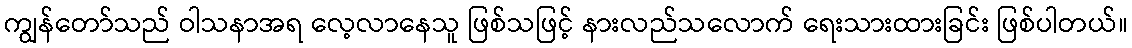
ကျွန်တော်သည် ဝါသနာအရ လေ့လာနေသူ ဖြစ်သဖြင့် နားလည်သလောက် ရေးသားထားခြင်း ဖြစ်ပါတယ်။